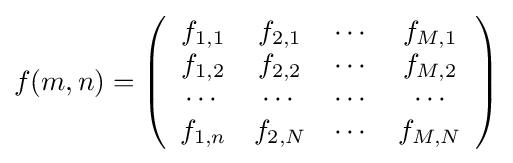
f(m,n)=\left({\begin{array}{cccc}f_{1,1}&f_{2,1}&\cdots &f_{M,1}\\f_{1,2}&f_{2,2}&\cdots &f_{M,2}\\\cdots &\cdots &\cdots &\cdots \\f_{1,n}&f_{2,N}&\cdots &f_{M,N}\end{array}}\right)